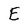
Character: E